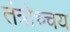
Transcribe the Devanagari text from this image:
तंत्रोच्चय